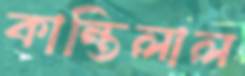
কান্তিলাল